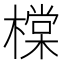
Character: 橖